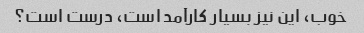
خوب، این نیز بسیار کارآمد است، درست است؟